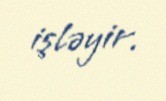
işləyir.